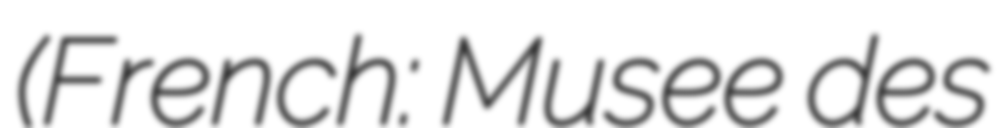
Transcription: (French: Musee des